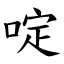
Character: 啶